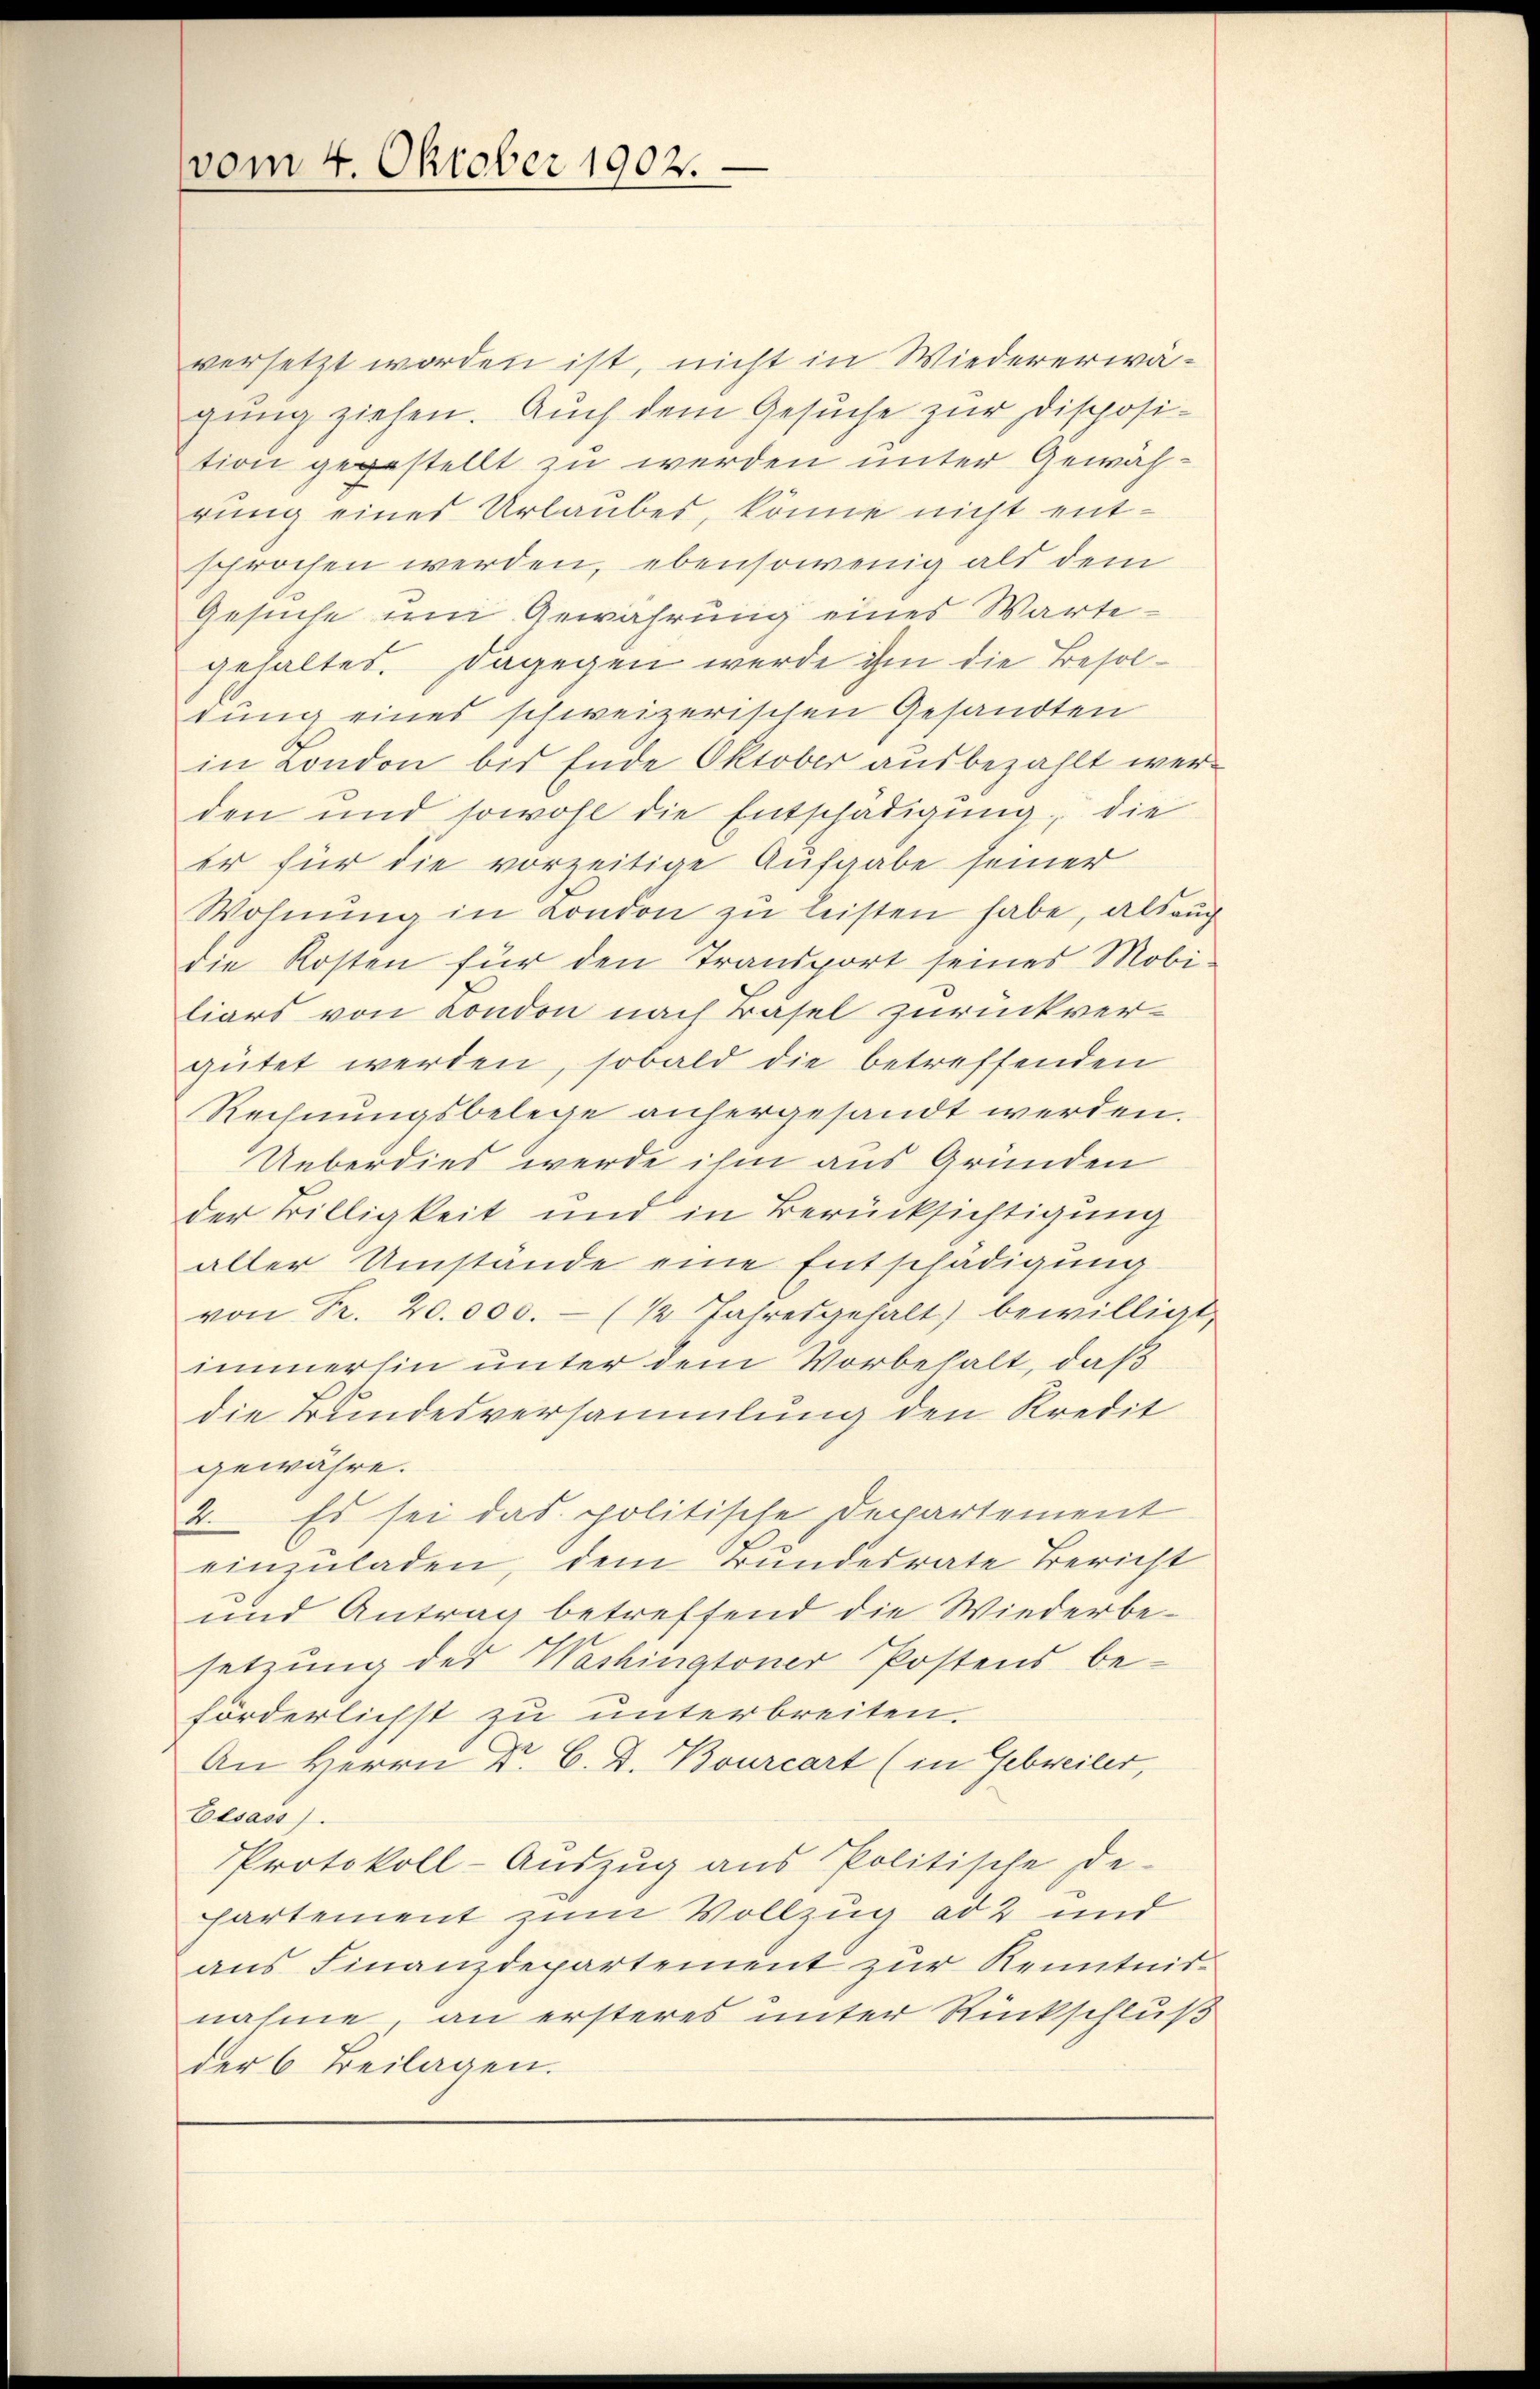
vom 4. Oktober 1902.

versetzt worden ist, nicht in Wiedererwägung ziehen. Auch dem Gesuche zur Disposition gegestellt zu werden unter Gewährung eines Urlaubes, könne nicht entsprochen werden, ebensowenig als dem
Gesuche um Gewährung eines Wartegehaltet. Dagegen werde ihm die Besoltung eines schweizerischen Gesandten
in London bis Ende Oktober ausbezahlt werden und sowohl die Entschädigung, die
Er für die vorzeitige Aufgabe seiner
Wohnŭng in London zu leisten habe, als auch
die Kosten für den Transport seines Mobi-
liars von London nach Basel zurückvergütet werden, sobald die betreffenden
Rechnungsbelege anhergesandt werden.
Ueberdies werde ihm aus Gründen
der Billigkeit und in Berücksichtigung
aller Umstände eine Entschädigung
von Fr. 20.000.- (½ Jahresgehalt) bewilligt,
immerhin unter dem Vorbehalt, daß
die Bundesversammlung den Kredit
gewähre.
2. Es sei das politische Departement
einzuladen, dem Bundesrate Bericht
und Antrag betreffend die Wiederbesetzung des Washingtoner Postens be-
förderlichst zu unterbreiten.
An Herrn Dr. C. D. Bourcart (in Gebreiter,
Elsass.
Protokoll-Aŭszŭg ans Politische de-
hartement zum Vollzug ad 2 und
aus Finanzdepartement zur Kenntnis-
nahme an ersteres unter Rückschluß
der 6 Beilagen.